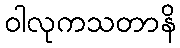
ဝါလုကသတာနိ